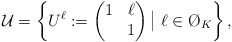
\begin{align*} \mathcal{U} = \left\{ U^{\ell} := \begin{pmatrix} 1 & \ell\\ & 1 \end{pmatrix} \big|\ \ell \in \O_K \right\}, \end{align*}